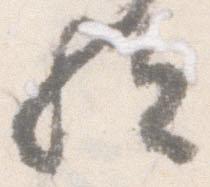
歟